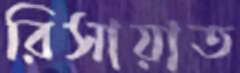
রিসায়াত